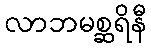
လာဘမစ္ဆရိနီ